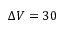
\Delta V = 3 0